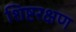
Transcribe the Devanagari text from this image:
शिष्टरक्षण